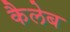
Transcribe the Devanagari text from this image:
कैलेब